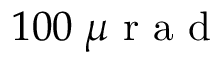
1 0 0 \; \mu \mathrm { ~ r ~ a ~ d ~ }